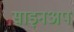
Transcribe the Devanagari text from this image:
साइनअप